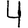
Digit: 4